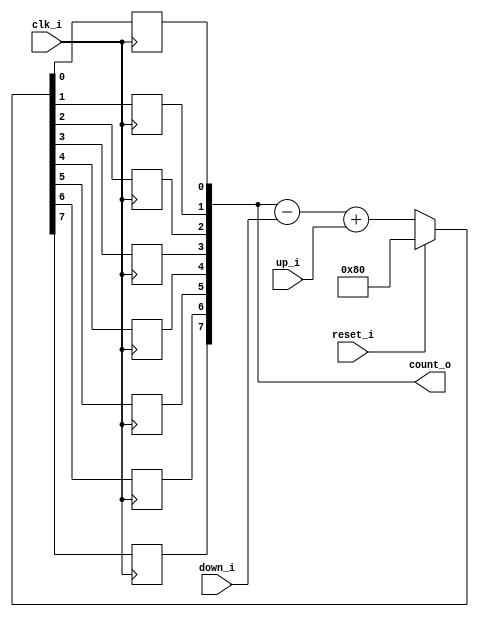
module bsg_counter_up_down_variable_max_val_p128_init_val_p128_max_step_p128
(
  clk_i,
  reset_i,
  up_i,
  down_i,
  count_o
);

  input [7:0] up_i;
  input [7:0] down_i;
  output [7:0] count_o;
  input clk_i;
  input reset_i;
  wire N0,N1,N2,N3,N4,N5,N6,N7,N8,N9,N10,N11,N12,N13,N14,N15,N16,N17,N18,N19,N20,N21,
  N22,N23,N24,N25,N26;
  reg [7:0] count_o;

  always @(posedge clk_i) begin
    if(1'b1) begin
      count_o[7] <= N26;
    end 
  end


  always @(posedge clk_i) begin
    if(1'b1) begin
      count_o[6] <= N25;
    end 
  end


  always @(posedge clk_i) begin
    if(1'b1) begin
      count_o[5] <= N24;
    end 
  end


  always @(posedge clk_i) begin
    if(1'b1) begin
      count_o[4] <= N23;
    end 
  end


  always @(posedge clk_i) begin
    if(1'b1) begin
      count_o[3] <= N22;
    end 
  end


  always @(posedge clk_i) begin
    if(1'b1) begin
      count_o[2] <= N21;
    end 
  end


  always @(posedge clk_i) begin
    if(1'b1) begin
      count_o[1] <= N20;
    end 
  end


  always @(posedge clk_i) begin
    if(1'b1) begin
      count_o[0] <= N19;
    end 
  end

  assign { N10, N9, N8, N7, N6, N5, N4, N3 } = count_o - down_i;
  assign { N18, N17, N16, N15, N14, N13, N12, N11 } = { N10, N9, N8, N7, N6, N5, N4, N3 } + up_i;
  assign { N26, N25, N24, N23, N22, N21, N20, N19 } = (N0)? { 1'b1, 1'b0, 1'b0, 1'b0, 1'b0, 1'b0, 1'b0, 1'b0 } : 
                                                      (N1)? { N18, N17, N16, N15, N14, N13, N12, N11 } : 1'b0;
  assign N0 = reset_i;
  assign N1 = N2;
  assign N2 = ~reset_i;

endmodule